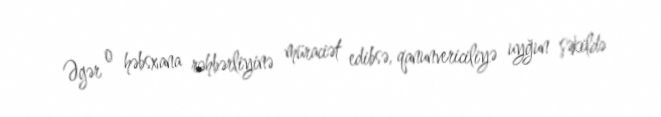
Əgər o həbsxana rəhbərliyinə müraciət edibsə, qanunvericiliyə uyğun şəkildə